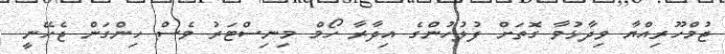
ޖުމްހޫރިއްޔާ ވިދާޅުވާ ގޮތަށް ފުލުހުންގެ އިދާރާ ހޯމް މިނިސްޓަރު ވެސް ހިންގަން ޖެހޭނީ